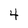
Character: 4